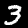
Label: 3